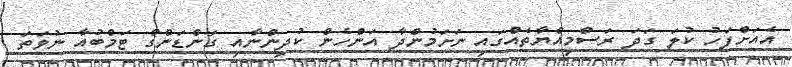
އެއަށްފަހު ކުލަ ގަދަ ރަސްމިއްޔާތެއްގައި ނަށަމުންދާ އަންހެން ކުދިންނާއި ގަންޑަންގް ޓަމްބުއާ ނުވަތަ